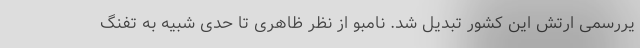
یررسمی ارتش این کشور تبدیل شد. نامبو از نظر ظاهری تا حدی شبیه به تفنگ